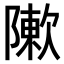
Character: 𨼤